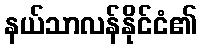
နယ်သာလန်နိုင်ငံ၏